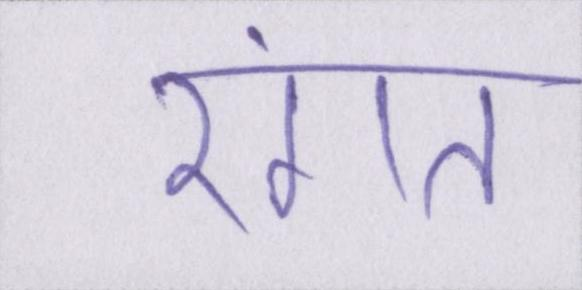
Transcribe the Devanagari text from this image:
रंगत